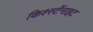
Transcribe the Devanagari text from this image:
किर्श्स्टेनाइट